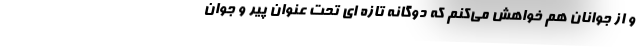
و از جوانان هم خواهش می‌کنم که دوگانه تازه ای تحت عنوان پیر و جوان